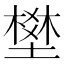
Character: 𡑀